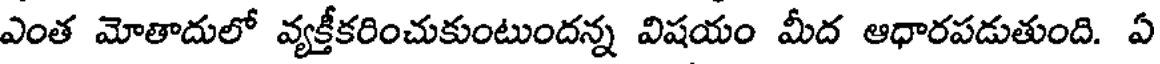
ఎంత మోతాదులో వ్యక్తీకరించుకుంటుందన్న విషయం మీద ఆధారపడుతుంది. ఏ